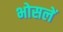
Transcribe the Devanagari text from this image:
भोसलें